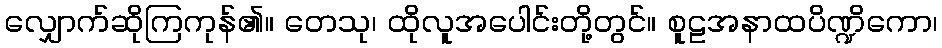
လျှောက်ဆိုကြကုန်၏။ တေသု၊ ထိုလူအပေါင်းတို့တွင်။ စူဠအနာထပိဏ္ဍိကော၊